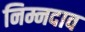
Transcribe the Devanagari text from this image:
निम्नदाव